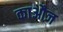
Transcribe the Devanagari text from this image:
काऔज